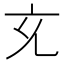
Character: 𭀚